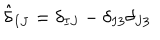
{ \hat { \delta } } _ { I J } = \delta _ { I J } - \delta _ { I 3 } \delta _ { J 3 }